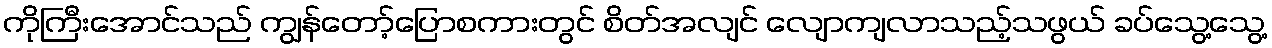
ကိုကြီးအောင်သည် ကျွန်တော့်ပြောစကားတွင် စိတ်အလျင် လျောကျလာသည့်သဖွယ် ခပ်သွေ့သွေ့